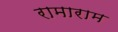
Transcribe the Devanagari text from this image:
रामाराम